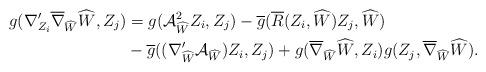
LaTeX: \begin{align*} g(\nabla'_{Z_{i}}\overline{\nabla}_{\widehat{W}}\widehat{W},Z_{j})&=g(\mathcal{A}_{\widehat{W}}^{2}Z_{i},Z_{j})-\overline{g}(\overline{R}(Z_{i},\widehat{W})Z_{j}, \widehat{W})\\ &-\overline{g}((\nabla'_{\widehat{W}}\mathcal{A}_{\widehat{W}})Z_{i},Z_{j})+g(\overline{\nabla}_{\widehat{W}}\widehat{W},Z_{i})g(Z_{j},\overline{\nabla}_{\widehat{W}}\widehat{W}). \end{align*}